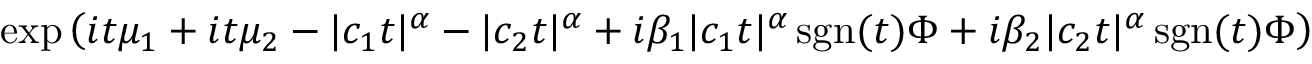
\exp \left( i t \mu _ { 1 } + i t \mu _ { 2 } - | c _ { 1 } t | ^ { \alpha } - | c _ { 2 } t | ^ { \alpha } + i \beta _ { 1 } | c _ { 1 } t | ^ { \alpha } \operatorname { s g n } ( t ) \Phi + i \beta _ { 2 } | c _ { 2 } t | ^ { \alpha } \operatorname { s g n } ( t ) \Phi \right)